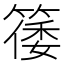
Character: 𬕥